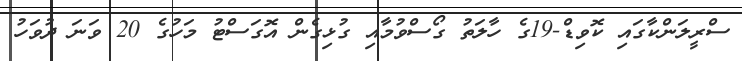
ސްރީލަންކާގައި ކޮވިޑް-19ގެ ހާލަތު ގޯސްވުމާއި ގުޅިގެން އޮގަސްޓު މަހުގެ 20 ވަނަ ދުވަހު